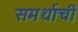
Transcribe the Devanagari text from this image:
समर्थाची